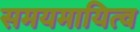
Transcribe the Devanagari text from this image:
समयमायित्व